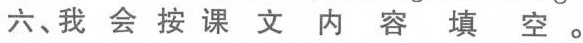
六、我会按课文内容填空。